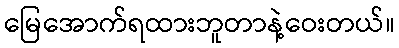
မြေအောက်ရထားဘူတာနဲ့ဝေးတယ်။